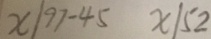
x / 9 7 - 4 5 x / 5 2